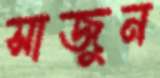
সাজুন